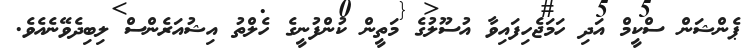
ޕެންޝަން ސްކީމް އަދި ހަމަޖެހިފައިވާ އުސޫލުގެ މަތީން ކުންފުނީގެ ހެލްތު އިޝުއަރެންސް ލިބިދެވޭނެއެވެ.